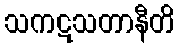
သကဋသတာနီတိ